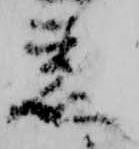
着